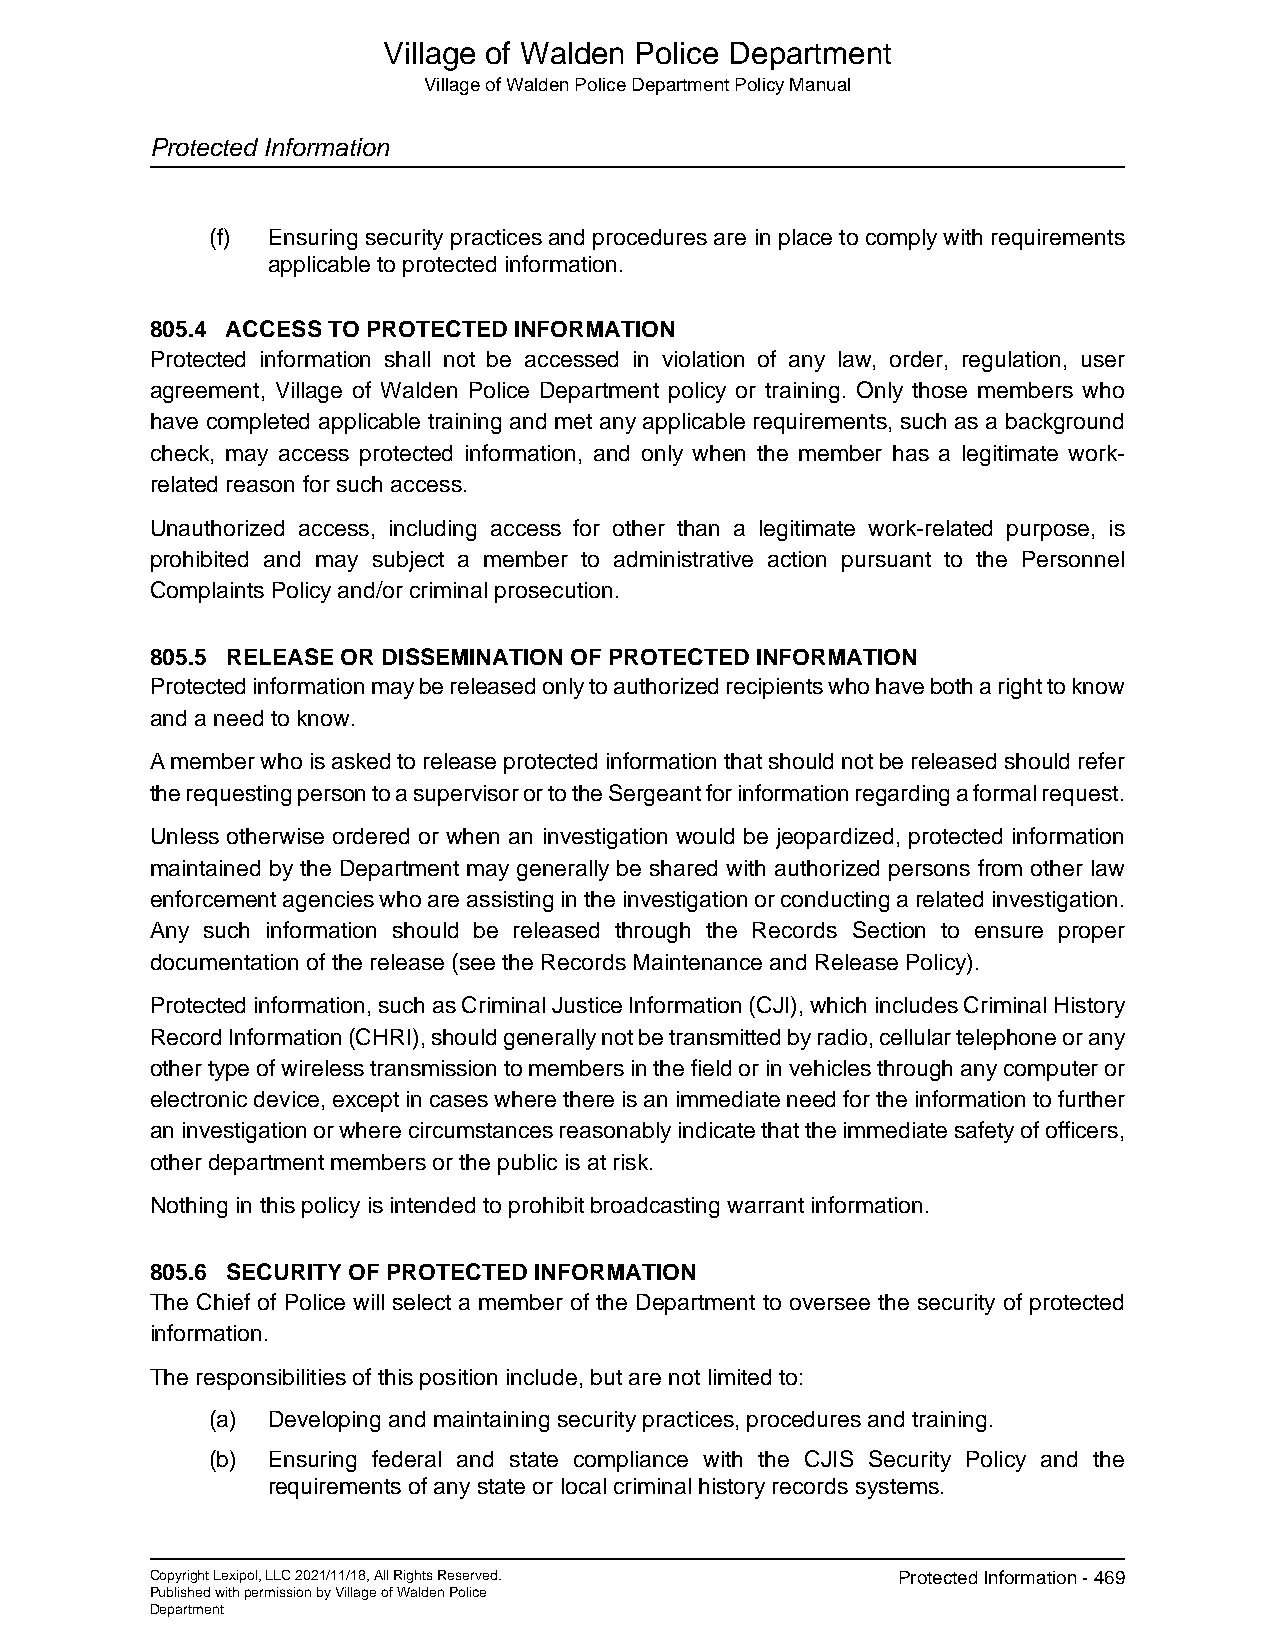
Village of Walden Police Department
 Village of Walden Police Department Policy Manual
 Protected Information
 (f) Ensuring security practices and procedures are in place to comply with requirements
 applicable to protected information.
 805.4 ACCESS TO PROTECTED INFORMATION
 Protected information shall not be accessed in violation of any law, order, regulation, user
 agreement, Village of Walden Police Department policy or training. Only those members who
 have completed applicable training and met any applicable requirements, such as a background
 check, may access protected information, and only when the member has a legitimate work-
 related reason for such access.
 Unauthorized access, including access for other than a legitimate work-related purpose, is
 prohibited and may subject a member to administrative action pursuant to the Personnel
 Complaints Policy and/or criminal prosecution.
 805.5 RELEASE OR DISSEMINATION OF PROTECTED INFORMATION
 Protected information may be released only to authorized recipients who have both a right to know
 and a need to know.
 A member who is asked to release protected information that should not be released should refer
 the requesting person to a supervisor or to the Sergeant for information regarding a formal request.
 Unless otherwise ordered or when an investigation would be jeopardized, protected information
 maintained by the Department may generally be shared with authorized persons from other law
 enforcement agencies who are assisting in the investigation or conducting a related investigation.
 Any such information should be released through the Records Section to ensure proper
 documentation of the release (see the Records Maintenance and Release Policy).
 Protected information, such as Criminal Justice Information (CJI), which includes Criminal History
 Record Information (CHRI), should generally not be transmitted by radio, cellular telephone or any
 other type of wireless transmission to members in the field or in vehicles through any computer or
 electronic device, except in cases where there is an immediate need for the information to further
 an investigation or where circumstances reasonably indicate that the immediate safety of officers,
 other department members or the public is at risk.
 Nothing in this policy is intended to prohibit broadcasting warrant information.
 805.6 SECURITY OF PROTECTED INFORMATION
 The Chief of Police will select a member of the Department to oversee the security of protected
 information.
 The responsibilities of this position include, but are not limited to:
 (a) Developing and maintaining security practices, procedures and training.
 (b) Ensuring federal and state compliance with the CJIS Security Policy and the
 requirements of any state or local criminal history records systems.
 Copyright Lexipol, LLC 2021/11/18, All Rights Reserved. Protected Information - 469
 Published with permission by Village of Walden Police
 Department